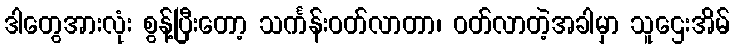
ဒါတွေအားလုံး စွန့်ပြီးတော့ သင်္ကန်းဝတ်လာတာ၊ ဝတ်လာတဲ့အခါမှာ သူဌေးအိမ်